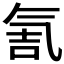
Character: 𰛀